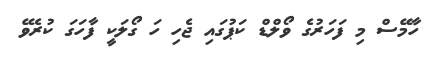
ހާމޭސް މި ފަހަރުގެ ވޯލްޑް ކަޕުގައި ޖެހި ހަ ގޯލަކީ ފާހަގަ ކުރެވޭ